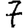
Digit: 7